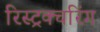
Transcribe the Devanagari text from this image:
रिस्ट्रक्चरिंग